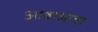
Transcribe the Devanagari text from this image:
आवाजांचा